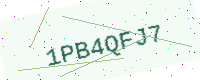
Text: 1PB4QFJ7